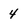
Character: 4